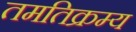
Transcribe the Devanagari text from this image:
तमतिक्रम्य